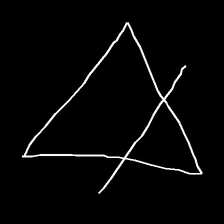
Glyph: empower